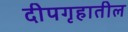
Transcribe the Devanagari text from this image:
दीपगृहातील